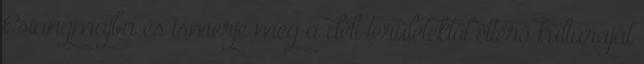
Csiangmajba és ismerje meg a déli területektől eltérő kultúráját